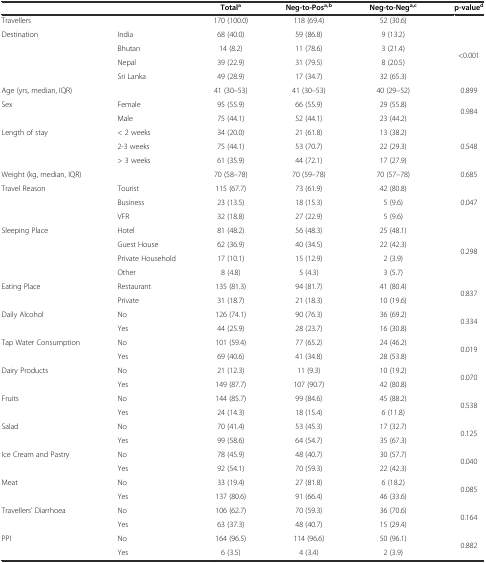
<table><thead><tr><td colspan="2"></td><td><b>Total<sup>a</sup></b></td><td><b>Neg-to-Pos<sup>a,b</sup></b></td><td><b>Neg-to-Neg<sup>a,c</sup></b></td><td><b>p-value<sup>d</sup></b></td></tr></thead><tbody><tr><td colspan="2">Travellers</td><td>170 (100.0)</td><td>118 (69.4)</td><td>52 (30.6)</td><td></td></tr><tr><td rowspan="4">Destination</td><td>India</td><td>68 (40.0)</td><td>59 (86.8)</td><td>9 (13.2)</td><td rowspan="4">&lt;0.001</td></tr><tr><td>Bhutan</td><td>14 (8.2)</td><td>11 (78.6)</td><td>3 (21.4)</td></tr><tr><td>Nepal</td><td>39 (22.9)</td><td>31 (79.5)</td><td>8 (20.5)</td></tr><tr><td>Sri Lanka</td><td>49 (28.9)</td><td>17 (34.7)</td><td>32 (65.3)</td></tr><tr><td colspan="2">Age (yrs, median, IQR)</td><td>41 (30–53)</td><td>41 (30–53)</td><td>40 (29–52)</td><td>0.899</td></tr><tr><td rowspan="2">Sex</td><td>Female</td><td>95 (55.9)</td><td>66 (55.9)</td><td>29 (55.8)</td><td rowspan="2">0.984</td></tr><tr><td>Male</td><td>75 (44.1)</td><td>52 (44.1)</td><td>23 (44.2)</td></tr><tr><td rowspan="3">Length of stay</td><td>&lt; 2 weeks</td><td>34 (20.0)</td><td>21 (61.8)</td><td>13 (38.2)</td><td rowspan="3">0.548</td></tr><tr><td>2-3 weeks</td><td>75 (44.1)</td><td>53 (70.7)</td><td>22 (29.3)</td></tr><tr><td>&gt; 3 weeks</td><td>61 (35.9)</td><td>44 (72.1)</td><td>17 (27.9)</td></tr><tr><td colspan="2">Weight (kg, median, IQR)</td><td>70 (58–78)</td><td>70 (59–78)</td><td>70 (57–78)</td><td>0.685</td></tr><tr><td rowspan="3">Travel Reason</td><td>Tourist</td><td>115 (67.7)</td><td>73 (61.9)</td><td>42 (80.8)</td><td rowspan="3">0.047</td></tr><tr><td>Business</td><td>23 (13.5)</td><td>18 (15.3)</td><td>5 (9.6)</td></tr><tr><td>VFR</td><td>32 (18.8)</td><td>27 (22.9)</td><td>5 (9.6)</td></tr><tr><td rowspan="4">Sleeping Place</td><td>Hotel</td><td>81 (48.2)</td><td>56 (48.3)</td><td>25 (48.1)</td><td rowspan="4">0.298</td></tr><tr><td>Guest House</td><td>62 (36.9)</td><td>40 (34.5)</td><td>22 (42.3)</td></tr><tr><td>Private Household</td><td>17 (10.1)</td><td>15 (12.9)</td><td>2 (3.9)</td></tr><tr><td>Other</td><td>8 (4.8)</td><td>5 (4.3)</td><td>3 (5.7)</td></tr><tr><td rowspan="2">Eating Place</td><td>Restaurant</td><td>135 (81.3)</td><td>94 (81.7)</td><td>41 (80.4)</td><td rowspan="2">0.837</td></tr><tr><td>Private</td><td>31 (18.7)</td><td>21 (18.3)</td><td>10 (19.6)</td></tr><tr><td rowspan="2">Daily Alcohol</td><td>No</td><td>126 (74.1)</td><td>90 (76.3)</td><td>36 (69.2)</td><td rowspan="2">0.334</td></tr><tr><td>Yes</td><td>44 (25.9)</td><td>28 (23.7)</td><td>16 (30.8)</td></tr><tr><td rowspan="2">Tap Water Consumption</td><td>No</td><td>101 (59.4)</td><td>77 (65.2)</td><td>24 (46.2)</td><td rowspan="2">0.019</td></tr><tr><td>Yes</td><td>69 (40.6)</td><td>41 (34.8)</td><td>28 (53.8)</td></tr><tr><td rowspan="2">Dairy Products</td><td>No</td><td>21 (12.3)</td><td>11 (9.3)</td><td>10 (19.2)</td><td rowspan="2">0.070</td></tr><tr><td>Yes</td><td>149 (87.7)</td><td>107 (90.7)</td><td>42 (80.8)</td></tr><tr><td rowspan="2">Fruits</td><td>No</td><td>144 (85.7)</td><td>99 (84.6)</td><td>45 (88.2)</td><td rowspan="2">0.538</td></tr><tr><td>Yes</td><td>24 (14.3)</td><td>18 (15.4)</td><td>6 (11.8)</td></tr><tr><td rowspan="2">Salad</td><td>No</td><td>70 (41.4)</td><td>53 (45.3)</td><td>17 (32.7)</td><td rowspan="2">0.125</td></tr><tr><td>Yes</td><td>99 (58.6)</td><td>64 (54.7)</td><td>35 (67.3)</td></tr><tr><td rowspan="2">Ice Cream and Pastry</td><td>No</td><td>78 (45.9)</td><td>48 (40.7)</td><td>30 (57.7)</td><td rowspan="2">0.040</td></tr><tr><td>Yes</td><td>92 (54.1)</td><td>70 (59.3)</td><td>22 (42.3)</td></tr><tr><td rowspan="2">Meat</td><td>No</td><td>33 (19.4)</td><td>27 (81.8)</td><td>6 (18.2)</td><td rowspan="2">0.085</td></tr><tr><td>Yes</td><td>137 (80.6)</td><td>91 (66.4)</td><td>46 (33.6)</td></tr><tr><td rowspan="2">Travellers’ Diarrhoea</td><td>No</td><td>106 (62.7)</td><td>70 (59.3)</td><td>36 (70.6)</td><td rowspan="2">0.164</td></tr><tr><td>Yes</td><td>63 (37.3)</td><td>48 (40.7)</td><td>15 (29.4)</td></tr><tr><td rowspan="2">PPI</td><td>No</td><td>164 (96.5)</td><td>114 (96.6)</td><td>50 (96.1)</td><td rowspan="2">0.882</td></tr><tr><td>Yes</td><td>6 (3.5)</td><td>4 (3.4)</td><td>2 (3.9)</td></tr></tbody></table>